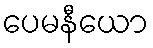
ပေမနီယော